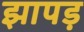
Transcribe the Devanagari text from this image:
झापड़